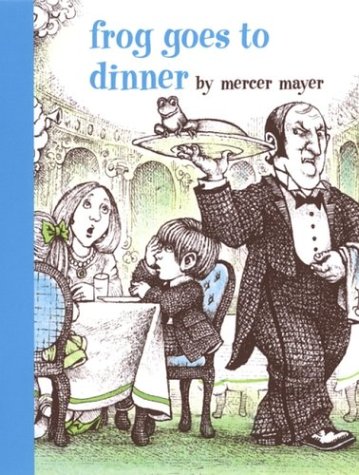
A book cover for Frog Goes to Dinner (A Boy, a Dog, and a Frog); Mercer Mayer; Children's Books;